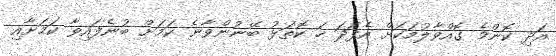
އަދި ކޮންމެ ގޮއްވާލުމަކަށް އެފަދަ ހަ ކޮތަޅު ބޭނުންވާނެ ކަމަށް ބުނެފައިވާ ކަމަށާއި